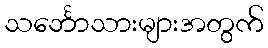
သင်္ဘောသားများအတွက်